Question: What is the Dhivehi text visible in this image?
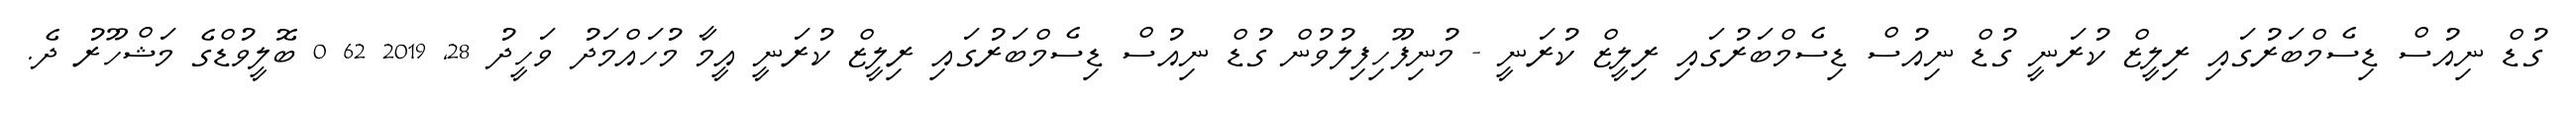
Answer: ގުޑް ނިއުސް ޑިސެމްބަރުގައި ރިލީޒް ކުރަނީ ގުޑް ނިއުސް ޑިސެމްބަރުގައި ރިލީޒް ކުރަނީ - މުނިފޫހިފިލުވުން ގުޑް ނިއުސް ޑިސެމްބަރުގައި ރިލީޒް ކުރަނީ އީމާ މުހައްމަދު ވަހީދު 28, 2019 62 0 ބޮލީވުޑްގެ މަޝްހޫރު ދެ.